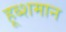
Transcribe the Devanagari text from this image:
हूब्शमान